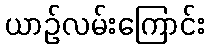
ယာဉ်လမ်းကြောင်း